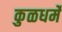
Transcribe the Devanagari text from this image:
कुळधर्में